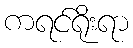
ကရင်ရိုးရာ